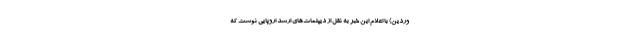
وردین) با اعلام این خبر به نقل از دیپلمات‌های ارشد اروپایی نوشت که